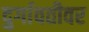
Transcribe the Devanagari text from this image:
दुर्गावतीवर